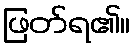
ဖြတ်ရ၏။